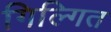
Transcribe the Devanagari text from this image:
गिल्गित